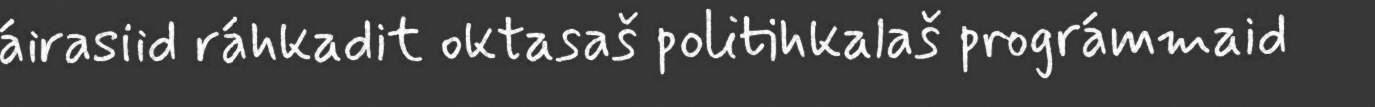
áirasiid ráhkadit oktasaš politihkalaš prográmmaid